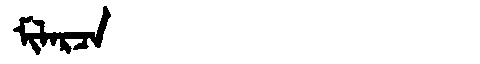
Manchu: ᠮᡳᠯᠠᡵᠴᠠ
Romanization: MILARCA